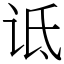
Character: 诋